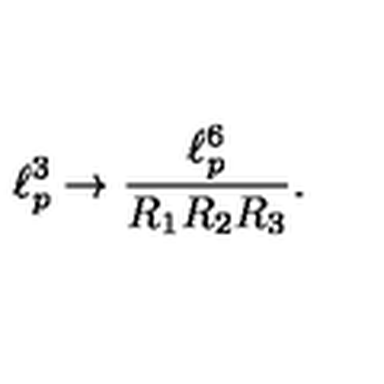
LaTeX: \ell _ { p } ^ { 3 } \rightarrow \frac { \ell _ { p } ^ { 6 } } { R _ { 1 } R _ { 2 } R _ { 3 } } .